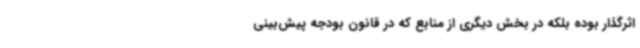
اثرگذار بوده بلکه در بخش دیگری از منابع که در قانون بودجه پیش‌بینی